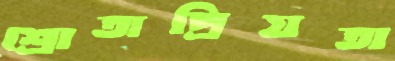
শ্রোতাপ্রিয়তা